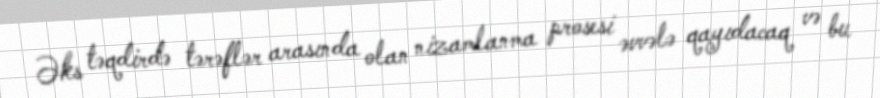
Əks təqdirdə tərəflər arasında olan nizamlanma prosesi əvvələ qayıdacaq və bu